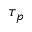
\tau _ { p }